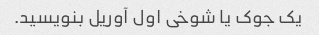
یک جوک یا شوخی اول آوریل بنویسید.